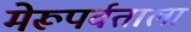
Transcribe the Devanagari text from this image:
मेरूपर्वताला